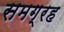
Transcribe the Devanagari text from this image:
समग्रह